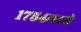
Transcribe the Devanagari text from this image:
१७५४मध्ये